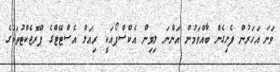
ވަނަ އަހަރުން ފެށިގެން ބާއްވަމުން އަންނަ ލިވިން އެކްސްޕޯއަކީ ރިއަލް އެސްޓޭޓްގެ ޕްރޮޖެކްޓުތަކުގެ